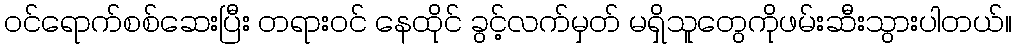
၀င်ရောက်စစ်ဆေးပြီး တရား၀င် နေထိုင် ခွင့်လက်မှတ် မရှိသူတွေကိုဖမ်းဆီးသွားပါတယ်။